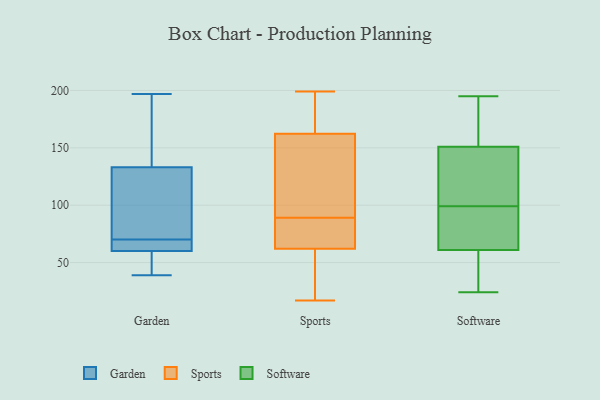
{"axis": {"x": "Temperature (°C)", "y": "Value"}, "legend": ["Garden", "Software", "Sports"], "data": [{"x": "", "y": 61, "type": "Garden"}, {"x": "", "y": 197, "type": "Garden"}, {"x": "", "y": 116, "type": "Garden"}, {"x": "", "y": 133, "type": "Garden"}, {"x": "", "y": 39, "type": "Garden"}, {"x": "", "y": 70, "type": "Garden"}, {"x": "", "y": 133, "type": "Garden"}, {"x": "", "y": 66, "type": "Garden"}, {"x": "", "y": 133, "type": "Garden"}, {"x": "", "y": 57, "type": "Garden"}, {"x": "", "y": 66, "type": "Garden"}, {"x": "", "y": 52, "type": "Garden"}, {"x": "", "y": 111, "type": "Garden"}, {"x": "", "y": 60, "type": "Sports"}, {"x": "", "y": 146, "type": "Sports"}, {"x": "", "y": 31, "type": "Sports"}, {"x": "", "y": 189, "type": "Sports"}, {"x": "", "y": 190, "type": "Sports"}, {"x": "", "y": 165, "type": "Sports"}, {"x": "", "y": 199, "type": "Sports"}, {"x": "", "y": 27, "type": "Sports"}, {"x": "", "y": 17, "type": "Sports"}, {"x": "", "y": 154, "type": "Sports"}, {"x": "", "y": 154, "type": "Sports"}, {"x": "", "y": 72, "type": "Sports"}, {"x": "", "y": 68, "type": "Sports"}, {"x": "", "y": 68, "type": "Sports"}, {"x": "", "y": 89, "type": "Sports"}, {"x": "", "y": 101, "type": "Software"}, {"x": "", "y": 110, "type": "Software"}, {"x": "", "y": 61, "type": "Software"}, {"x": "", "y": 50, "type": "Software"}, {"x": "", "y": 121, "type": "Software"}, {"x": "", "y": 97, "type": "Software"}, {"x": "", "y": 26, "type": "Software"}, {"x": "", "y": 192, "type": "Software"}, {"x": "", "y": 151, "type": "Software"}, {"x": "", "y": 80, "type": "Software"}, {"x": "", "y": 195, "type": "Software"}, {"x": "", "y": 172, "type": "Software"}, {"x": "", "y": 24, "type": "Software"}, {"x": "", "y": 76, "type": "Software"}]}